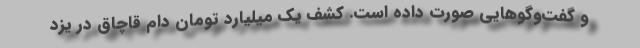
و گفت‌وگوهایی صورت داده است. کشف یک میلیارد تومان دام قاچاق در یزد